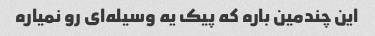
این چندمین باره که پیک یه وسیله‌ای رو نمیاره